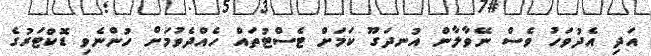
އަދި އެދުވަހު ވެސް ނޭވާލާން އުނދަގޫ ކަމަށް ޓެސްޓުތައް ހެއްދެވުމަށް ހުންނެވި ޑޮކްޓަރުގެ